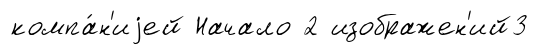
компа́н'иjей Начало 2 изображен'ий3